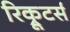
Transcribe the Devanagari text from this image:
रिक्रूटर्स